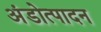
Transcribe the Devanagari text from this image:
अंडोत्पादन